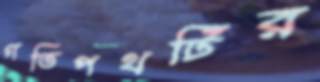
গতিপথটির